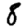
Digit: 8